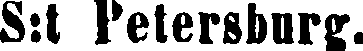
S:t Petersburg.